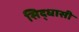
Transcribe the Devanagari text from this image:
सिद्धासी